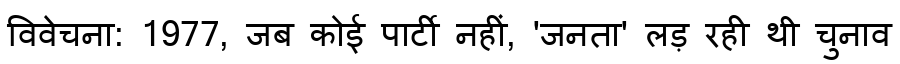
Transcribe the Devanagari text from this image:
विवेचना: 1977, जब कोई पार्टी नहीं, 'जनता' लड़ रही थी चुनाव